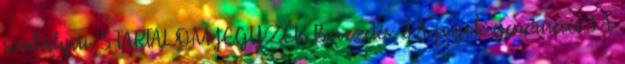
szabályai. 5 TARTALOMJEGYZÉK Bevezetés. 3 A jogok generációi.3 A